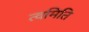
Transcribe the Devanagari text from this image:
त्वमिति